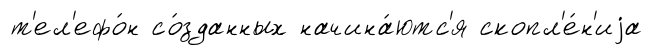
т'ел'ефо́н со́зданных начина́ютс'я скопл'е́н'иjа